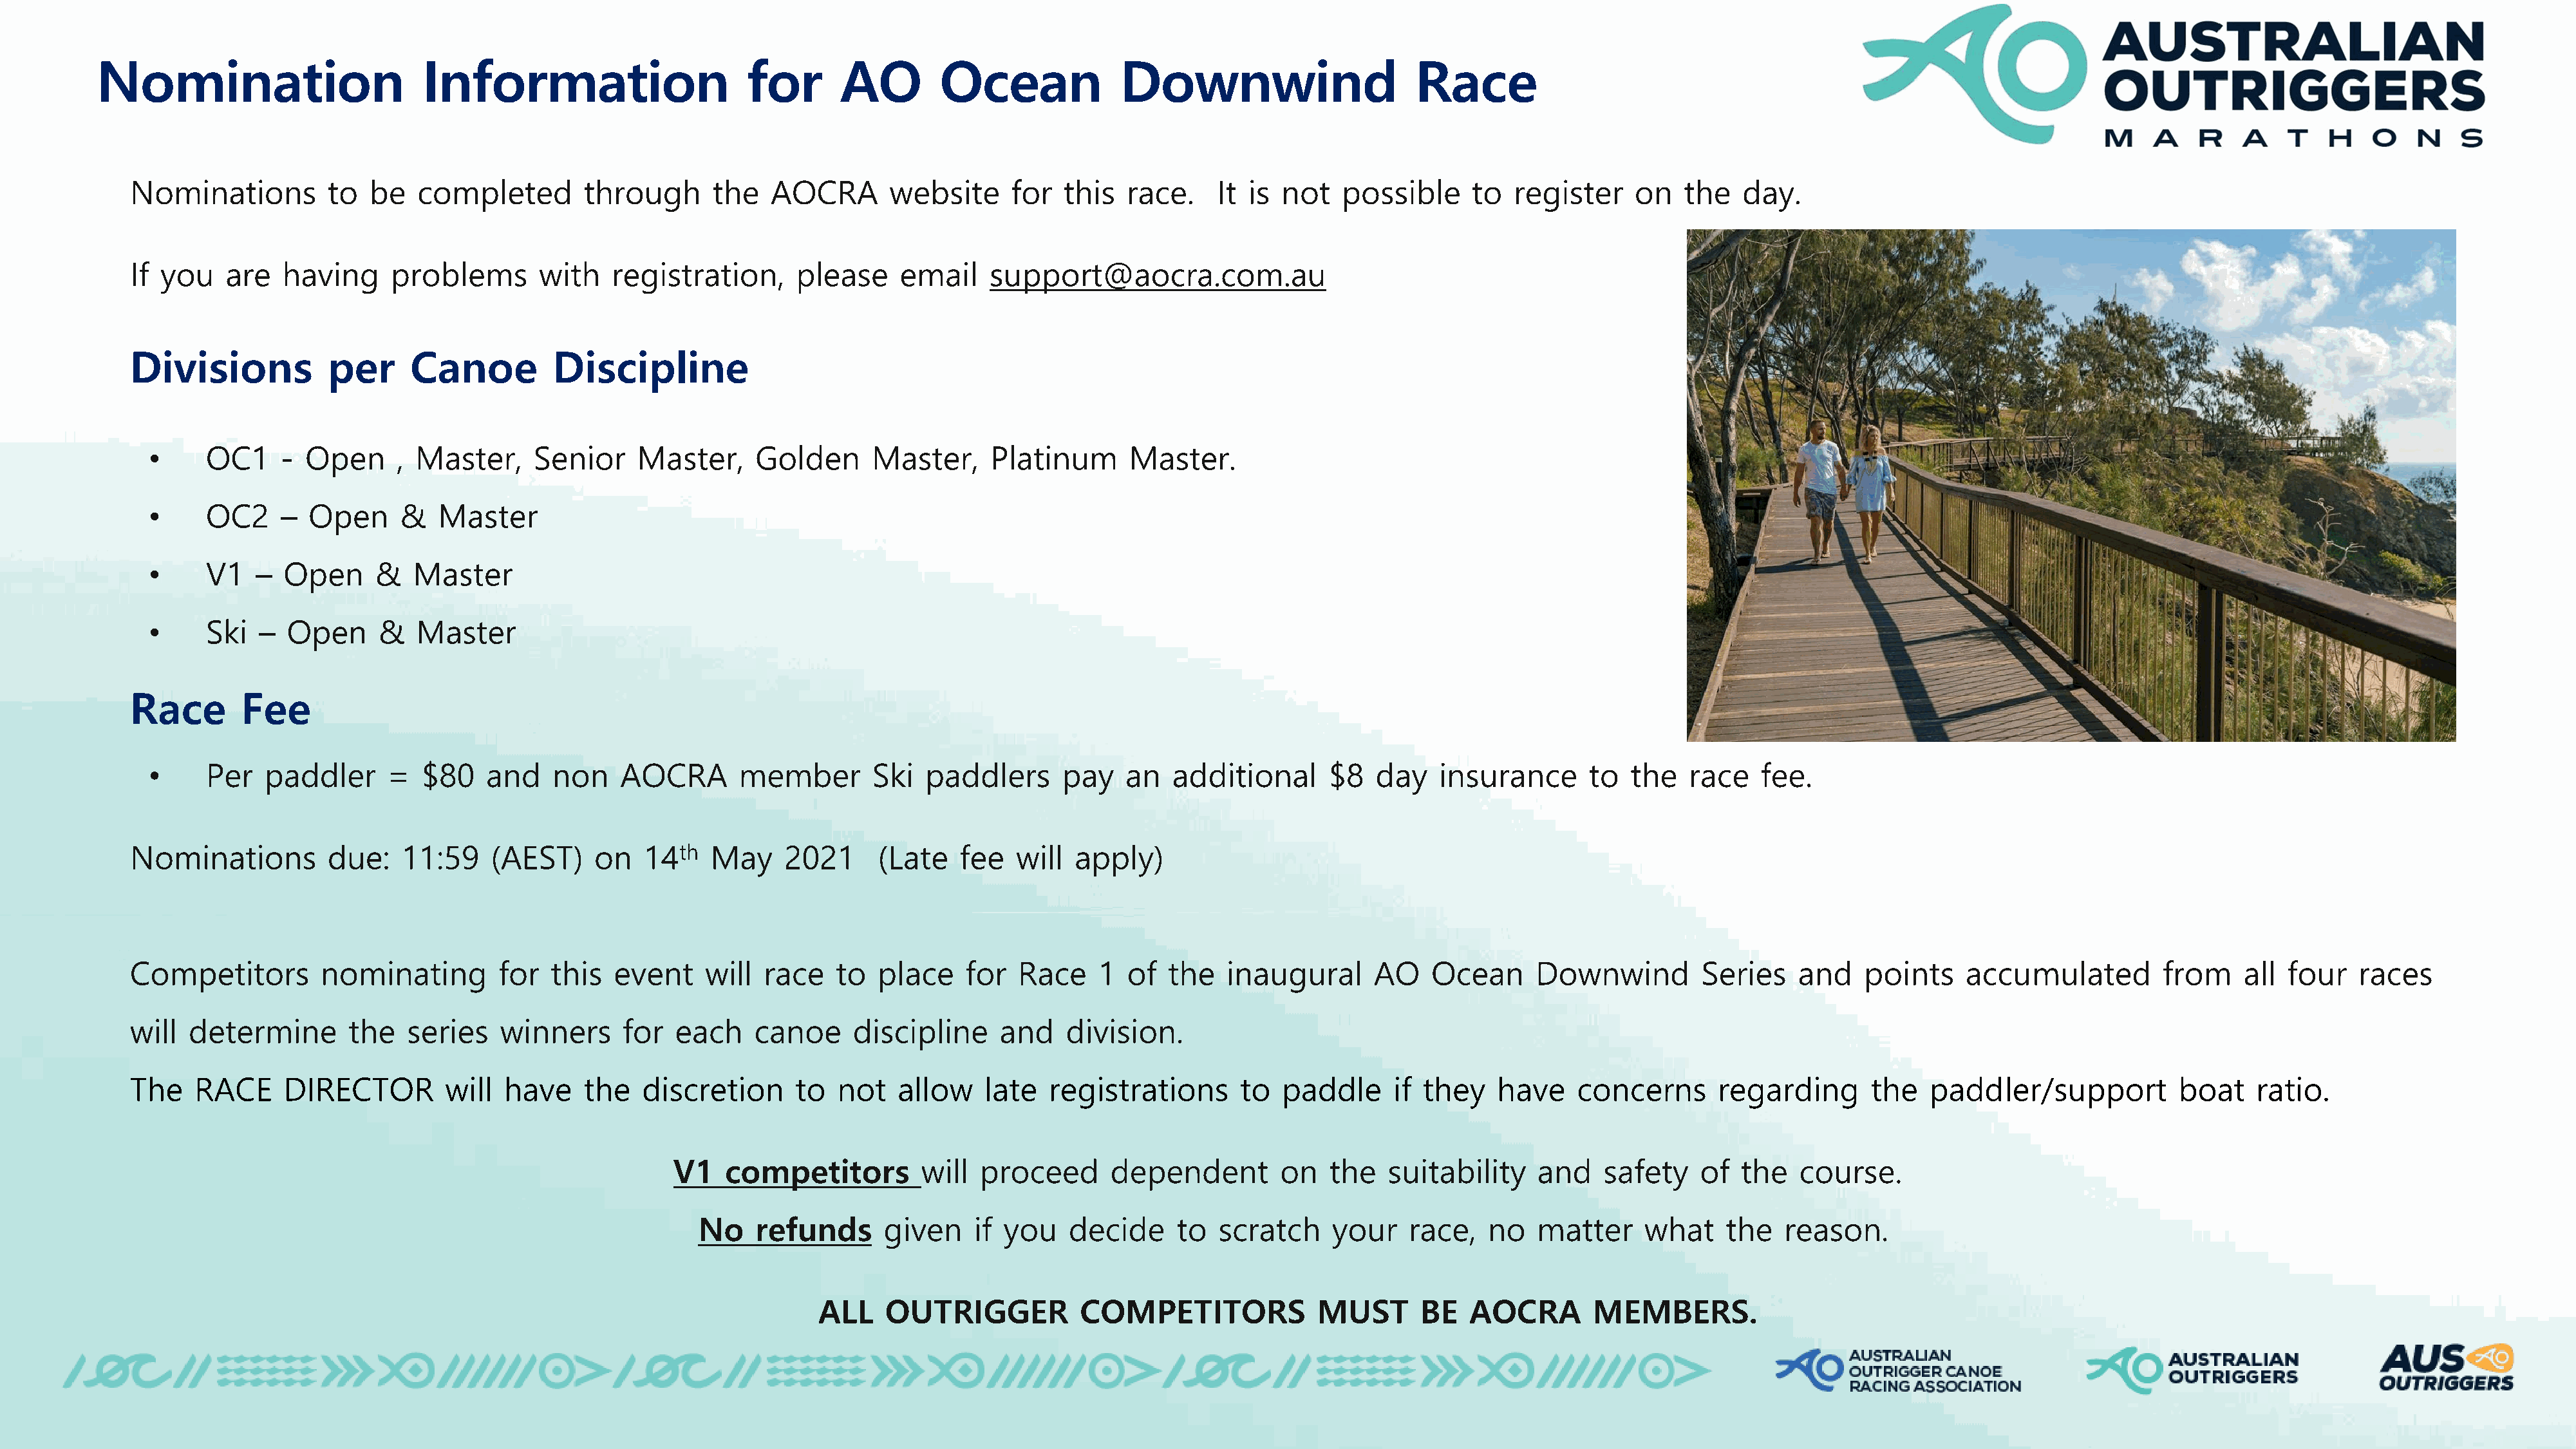
Nomination                       Information                       for      AO         Ocean             Downwind                      Race
 Nominations          to  be   completed        through      the   AOCRA       website      for  this   race.    It is  not   possible     to   register    on   the   day.
 If you    are   having     problems       with    registration,      please    email     support@aocra.com.au
 Divisions            per     Canoe          Discipline
 •     OC1     - Open      , Master,     Senior    Master,      Golden      Master,     Platinum      Master.
 •     OC2     –  Open     &   Master
 •     V1   –  Open      &  Master
 •     Ski   – Open      &   Master
 Race        Fee
 •     Per   paddler      =  $80    and    non    AOCRA       member        Ski  paddlers      pay    an  additional       $8  day    insurance      to   the   race   fee.
 Nominations          due:   11:59    (AEST)     on   14th   May     2021     (Late    fee  will  apply)
 Competitors         nominating        for   this  event    will   race   to  place    for   Race    1  of  the   inaugural      AO    Ocean      Downwind         Series    and    points    accumulated         from     all four   races
 will  determine        the   series   winners      for  each     canoe     discipline     and    division.
 The    RACE     DIRECTOR         will  have    the   discretion      to  not   allow    late   registrations      to   paddle     if they    have    concerns       regarding      the   paddler/support           boat    ratio.
 V1    competitors         will  proceed      dependent         on   the   suitability    and    safety    of  the   course.
 No    refunds      given    if you    decide     to  scratch     your    race,   no   matter     what    the   reason.
 ALL    OUTRIGGER           COMPETITORS             MUST       BE   AOCRA        MEMBERS.